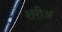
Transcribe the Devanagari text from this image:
शरीअ